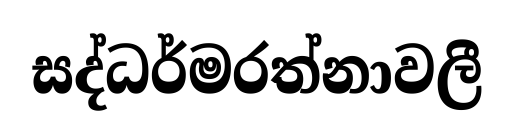
සද්ධර්මරත්නාවලී